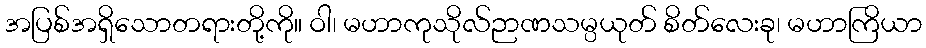
အပြစ်အရှိသောတရားတို့ကို။ ဝါ၊ မဟာကုသိုလ်ဉာဏသမ္ပယုတ် စိတ်လေးခု၊ မဟာကြိယာ